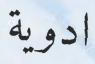
ادوية